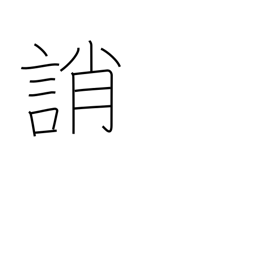
Meaning: blame